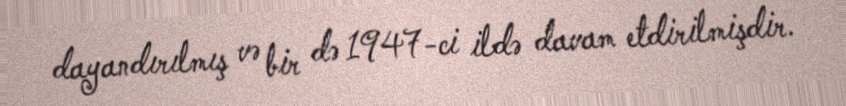
dayandırılmış və bir də 1947-ci ildə davam etdirilmişdir.